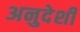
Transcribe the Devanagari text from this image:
अनुदेशी